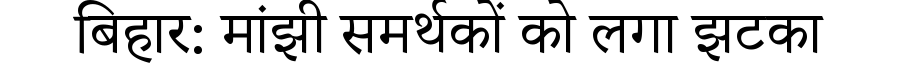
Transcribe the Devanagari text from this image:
बिहार: मांझी समर्थकों को लगा झटका